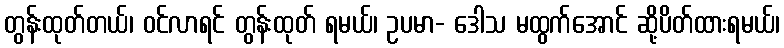
တွန်းထုတ်တယ်၊ ဝင်လာရင် တွန်းထုတ် ရမယ်၊ ဥပမာ- ဒေါသ မထွက်အောင် ဆို့ပိတ်ထားရမယ်၊